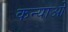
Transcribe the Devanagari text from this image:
कन्याओें